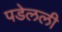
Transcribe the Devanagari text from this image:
पडेलली